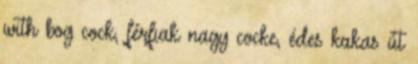
with bog cock, férfiak nagy cocke, édes kakas út